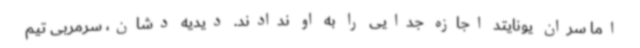
اما سران یونایتد اجازه جدایی را به او ندادند. دیدیه دشان، سرمربی تیم